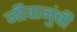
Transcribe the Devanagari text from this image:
जीवानुंची